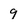
Character: 9